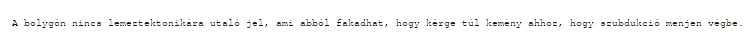
A bolygón nincs lemeztektonikára utaló jel, ami abból fakadhat, hogy kérge túl kemény ahhoz, hogy szubdukció menjen végbe.